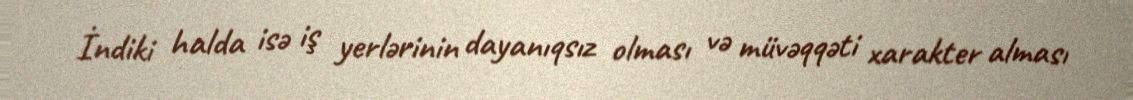
İndiki halda isə iş yerlərinin dayanıqsız olması və müvəqqəti xarakter alması